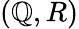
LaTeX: (\mathbb{Q},R)